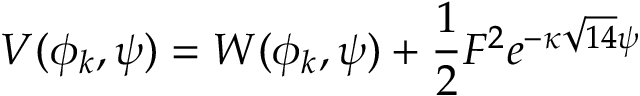
{ V ( \phi _ { k } , \psi ) = W ( \phi _ { k } , \psi ) + \frac { 1 } { 2 } F ^ { 2 } e ^ { - \kappa \sqrt { 1 4 } \psi } }